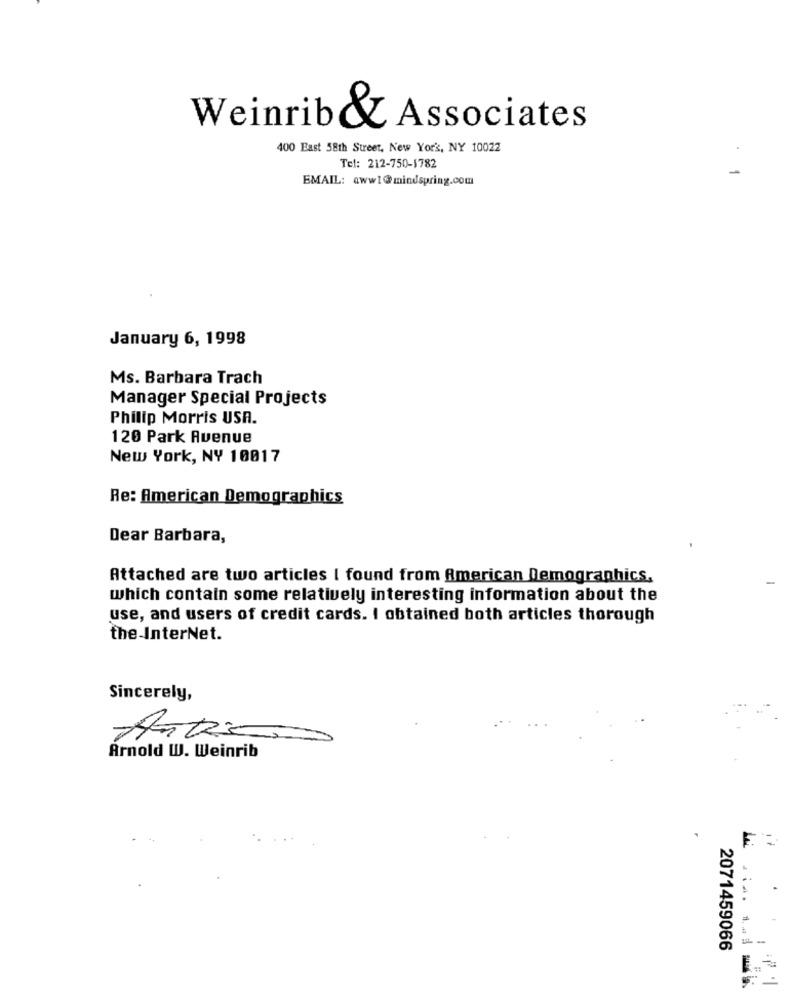
Weinrib& Associates
400 East 58th Street, New York, NY 10022
Tel: 212-750-1782
EMAIL: aww1@mindspring.com
January 6, 1998
Ms. Barbara Trach
Manager Special Projects
Philip Morris USA.
120 Park Avenue
New York, NY 10017
Re: American Demographics
Dear Barbara,
Attached are two articles I found from American Demographics,
which contain some relatively interesting information about the
use, and users of credit cards. I obtained both articles thorough
the InterNet.
Sincerely,
Arnold W. Weinrib
-
2071459066